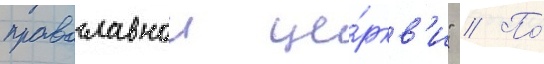
православнои це́ркв'и" // По́